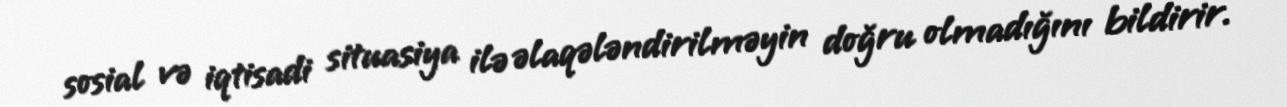
sosial və iqtisadi situasiya ilə əlaqələndirilməyin doğru olmadığını bildirir.